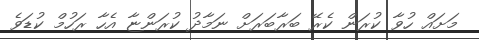
މަށައް ހުވާ ކުރަން ކެރޭ ބަރާބަރަށް ނަމާދު ކުރަންޏާ އެހާ ރަހުމް ކުޑަވެ